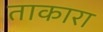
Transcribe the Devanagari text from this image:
ताकारा